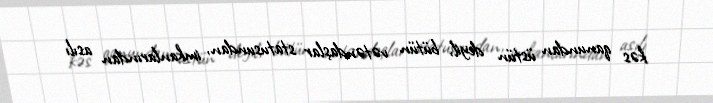
kəs qanundan üstün deyil, bütün vətəndaşlar statusundan, imkanlarından asılı